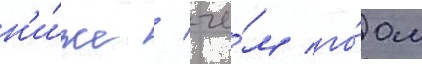
н'и́же / че́м го́дом